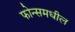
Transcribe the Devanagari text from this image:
फोन्समधील